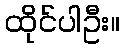
ထိုင်ပါဦး။